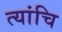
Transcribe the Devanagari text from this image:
त्यांचि